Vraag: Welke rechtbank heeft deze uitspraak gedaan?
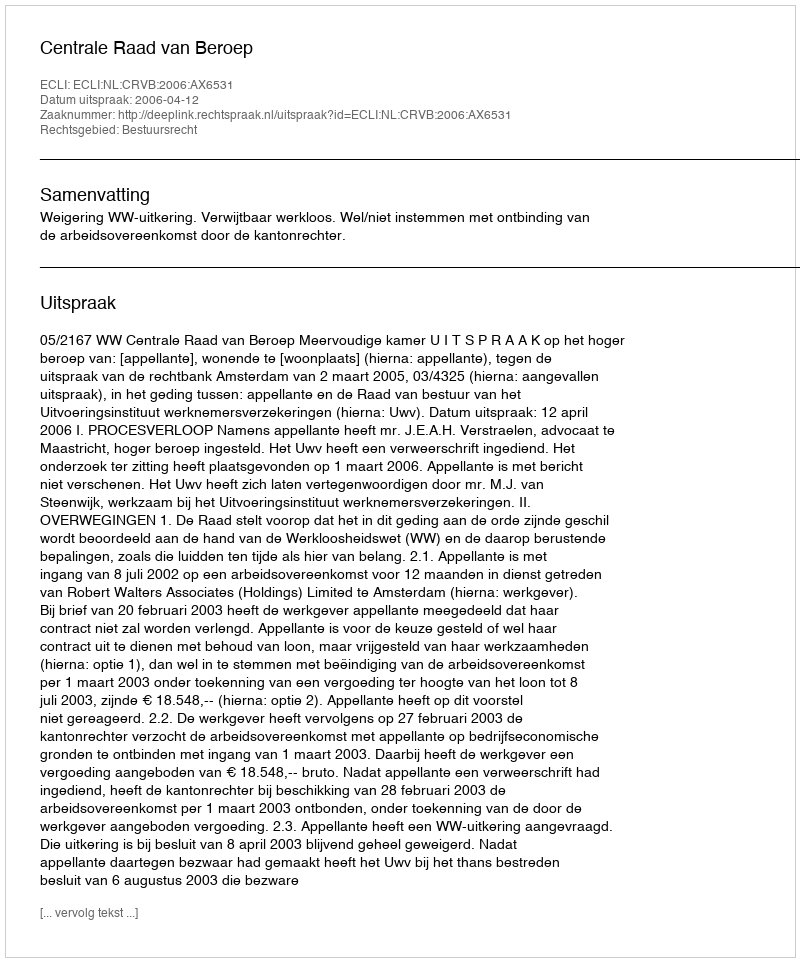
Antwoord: Centrale Raad van Beroep